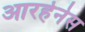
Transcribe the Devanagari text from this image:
आरहेनेस